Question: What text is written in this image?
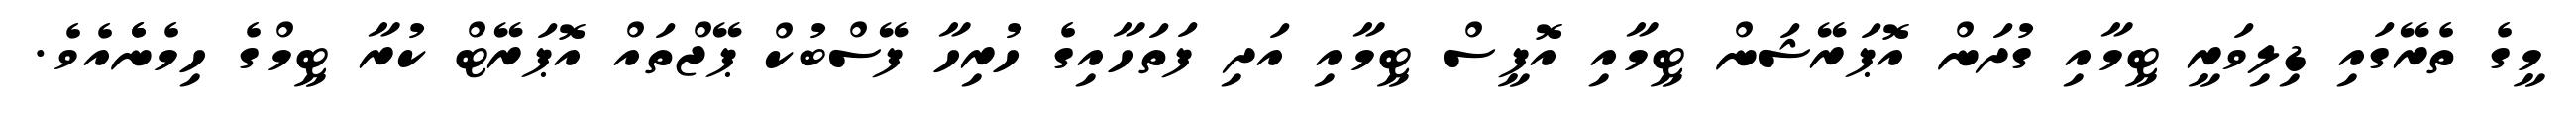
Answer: މީގެ ތެރޭގައި ޑިލިވަރީ ޓީމާއި ގުދަން އޮޕަރޭޝަން ޓީމާއި އޮފީސް ޓީމާއި އަދި ފަތަހާއިގެ ހުރިހާ ފޭސްބުކް ޕޭޖްތައް އޮޕަރޭޓް ކުރާ ޓީމްގެ ހިމެނެެއެވެ.